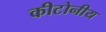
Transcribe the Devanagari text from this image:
कीटोनीय